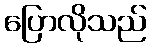
ပြောလိုသည်